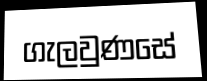
ගැලවුණසේ